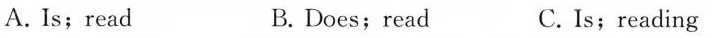
A.Is; read B.Does; read C. Is; reading